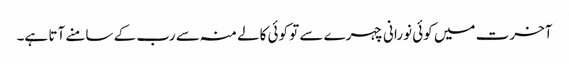
آخرت میں کوئی نورانی چہرے سے تو کوئی کالے منہ سے رب کے سامنے آتا ہے۔